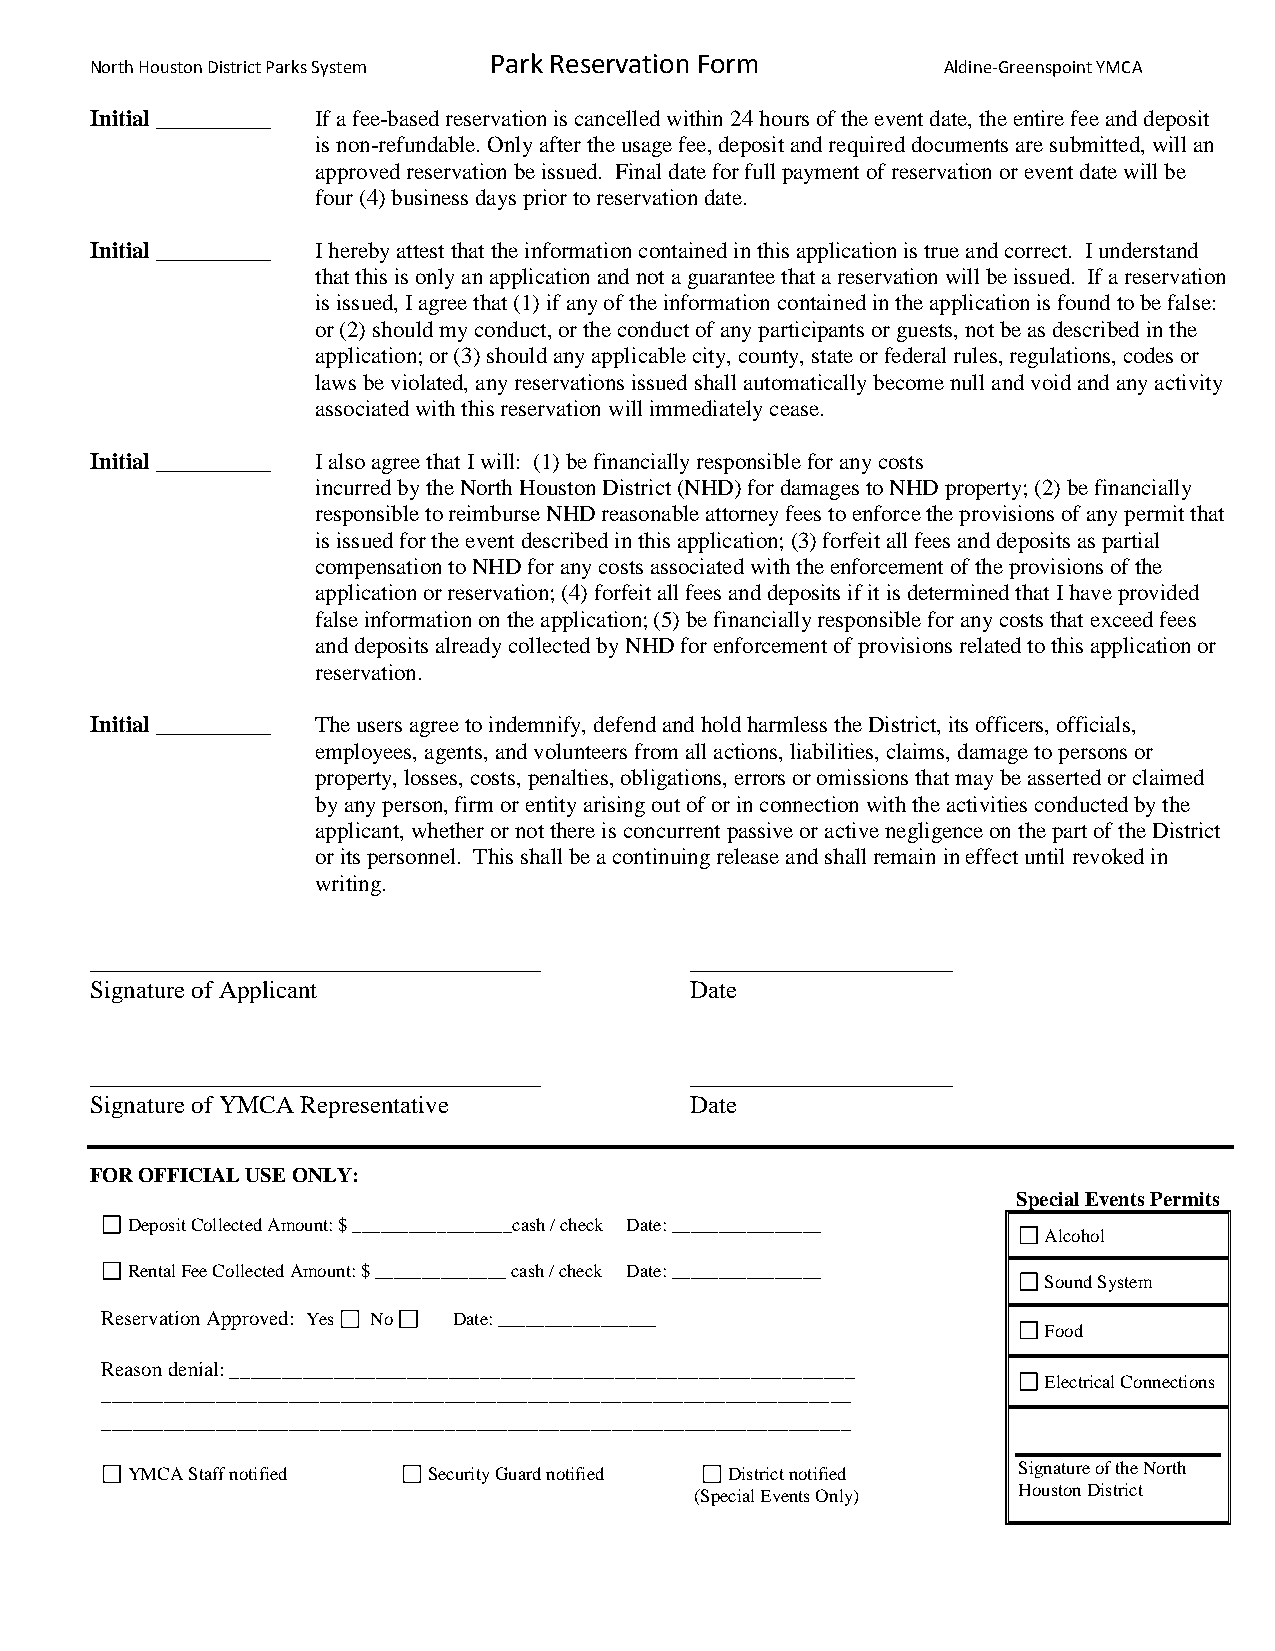
Park Reservation Form
 North Houston District Parks System                     Aldine-Greenspoint YMCA
 Initial __________ If a fee-based reservation is cancelled within 24 hours of the event date, the entire fee and deposit
 is non-refundable. Only after the usage fee, deposit and required documents are submitted, will an
 approved reservation be issued. Final date for full payment of reservation or event date will be
 four (4) business days prior to reservation date.
 Initial __________ I hereby attest that the information contained in this application is true and correct. I understand
 that this is only an application and not a guarantee that a reservation will be issued. If a reservation
 is issued, I agree that (1) if any of the information contained in the application is found to be false:
 or (2) should my conduct, or the conduct of any participants or guests, not be as described in the
 application; or (3) should any applicable city, county, state or federal rules, regulations, codes or
 laws be violated, any reservations issued shall automatically become null and void and any activity
 associated with this reservation will immediately cease.
 Initial __________ I also agree that I will: (1) be financially responsible for any costs
 incurred by the North Houston District (NHD) for damages to NHD property; (2) be financially
 responsible to reimburse NHD reasonable attorney fees to enforce the provisions of any permit that
 is issued for the event described in this application; (3) forfeit all fees and deposits as partial
 compensation to NHD for any costs associated with the enforcement of the provisions of the
 application or reservation; (4) forfeit all fees and deposits if it is determined that I have provided
 false information on the application; (5) be financially responsible for any costs that exceed fees
 and deposits already collected by NHD for enforcement of provisions related to this application or
 reservation.
 Initial __________ The users agree to indemnify, defend and hold harmless the District, its officers, officials,
 employees, agents, and volunteers from all actions, liabilities, claims, damage to persons or
 property, losses, costs, penalties, obligations, errors or omissions that may be asserted or claimed
 by any person, firm or entity arising out of or in connection with the activities conducted by the
 applicant, whether or not there is concurrent passive or active negligence on the part of the District
 or its personnel. This shall be a continuing release and shall remain in effect until revoked in
 writing.
 ____________________________________    _____________________
 Signature of Applicant                  Date
 ____________________________________    _____________________
 Signature of YMCA Representative        Date
 FOR OFFICIAL USE ONLY:
 Special Events Permits
 Deposit Collected Amount: $ _________________cash / check Date: ________________
 Alcohol
 Rental Fee Collected Amount: $ ______________ cash / check Date: ________________
 Sound System
 Reservation Approved: Yes No Date: _________________
 Food
 Reason denial: ____________________________________________________________
 Electrical Connections
 ________________________________________________________________________
 ________________________________________________________________________
 Signature of the North
 YMCA Staff notified Security Guard notified District notified
 (                                      (Special Events Only) ( H o u s t o n D i s t r i c t